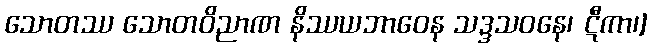
သောတဿ သောတဝိညာဏ နိဿယဘာဝေန သဒ္ဒသဝနေ၊ ဋီကာ၊]